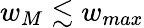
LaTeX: w_{M}\lesssim w_{max}